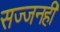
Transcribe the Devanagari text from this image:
सज्जनही